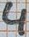
Text: 4